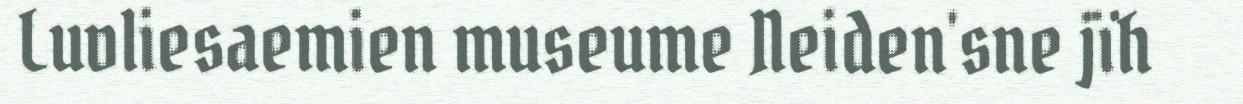
Luvliesaemien museume Neiden'sne jïh